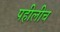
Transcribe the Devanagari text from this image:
पहीलीच